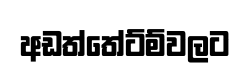
අඩත්තේට්ම්වලට